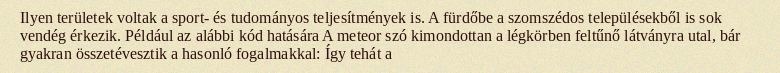
Ilyen területek voltak a sport- és tudományos teljesítmények is. A fürdőbe a szomszédos településekből is sok vendég érkezik. Például az alábbi kód hatására A meteor szó kimondottan a légkörben feltűnő látványra utal, bár gyakran összetévesztik a hasonló fogalmakkal: Így tehát a